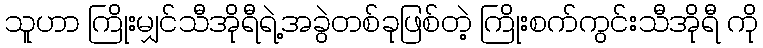
သူဟာ ကြိုးမျှင်သီအိုရီရဲ့အခွဲတစ်ခုဖြစ်တဲ့ ကြိုးစက်ကွင်းသီအိုရီ ကို